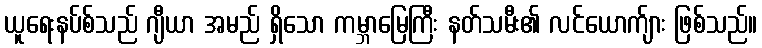
ယူရေးနပ်စ်သည် ဂျီယာ အမည် ရှိသော ကမ္ဘာမြေကြီး နတ်သမီး၏ လင်ယောက်ျား ဖြစ်သည်။